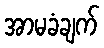
အာမခံချက်